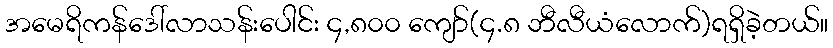
အမေရိကန်ဒေါ်လာသန်းပေါင်း ၄,၈၀၀ ကျော်(၄.၈ ဘီလီယံလောက်)ရရှိခဲ့တယ်။